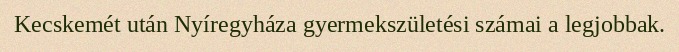
Kecskemét után Nyíregyháza gyermekszületési számai a legjobbak.